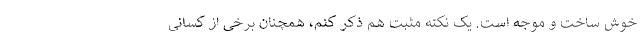
خوش ساخت و موجه است. یک نکته مثبت هم ذکر کنم، همچنان برخی از کسانی